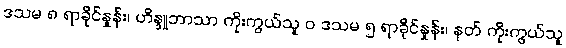
ဒသမ ၈ ရာခိုင်နှုန်း၊ ဟိန္ဒူဘာသာ ကိုးကွယ်သူ ဝ ဒသမ ၅ ရာခိုင်နှုန်း၊ နတ် ကိုးကွယ်သူ